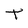
Character: t